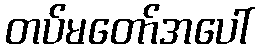
တပ်မတော်အပေါ်